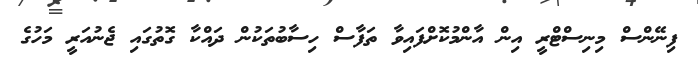
ފިނޭންސް މިނިސްޓްރީ އިން އާންމުކޮށްފައިވާ ތަފާސް ހިސާބުތަކުން ދައްކާ ގޮތުގައި ޖެނުއަރީ މަހުގެ